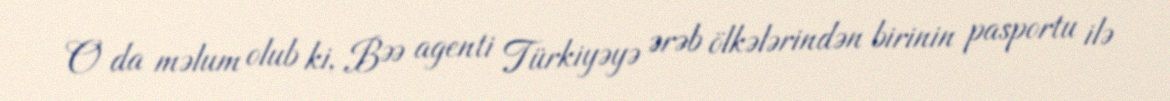
O da məlum olub ki, BƏƏ agenti Türkiyəyə ərəb ölkələrindən birinin pasportu ilə